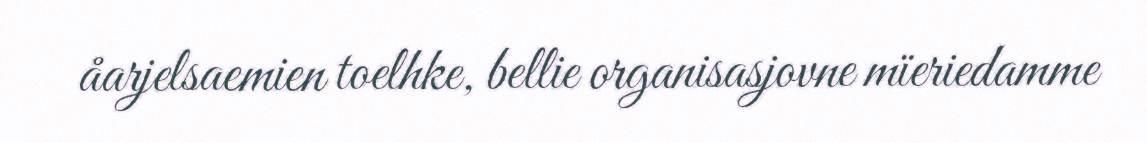
åarjelsaemien toelhke, bellie organisasjovne mïeriedamme